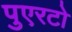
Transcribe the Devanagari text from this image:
पुएरटो